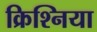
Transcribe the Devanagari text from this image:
क्रिश्निया